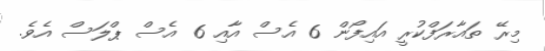
މިރޭ ތައާރަފްކުރީ އައިފޯން 6 އެސް އާއި 6 އެސް ޕްލަސް އެވެ.